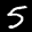
Label: 5